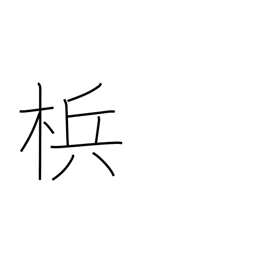
Meaning: betel nut